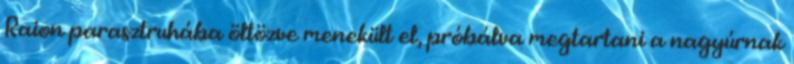
Raion parasztruhába öltözve menekült el, próbálva megtartani a nagyúrnak